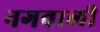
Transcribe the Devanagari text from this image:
नगवाली